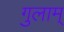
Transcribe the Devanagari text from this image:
गुलाम्